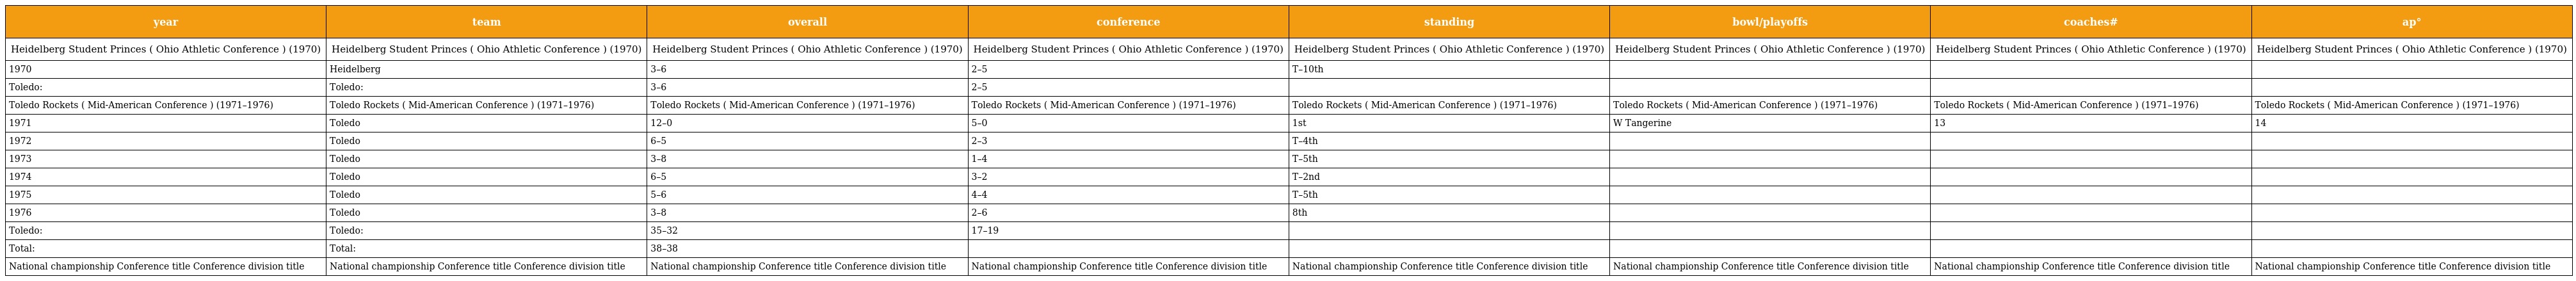
| year | team | overall | conference | standing | bowl/playoffs | coaches# | ap° |
 | --- | --- | --- | --- | --- | --- | --- | --- |
 | Heidelberg Student Princes ( Ohio Athletic Conference ) (1970) | Heidelberg Student Princes ( Ohio Athletic Conference ) (1970) | Heidelberg Student Princes ( Ohio Athletic Conference ) (1970) | Heidelberg Student Princes ( Ohio Athletic Conference ) (1970) | Heidelberg Student Princes ( Ohio Athletic Conference ) (1970) | Heidelberg Student Princes ( Ohio Athletic Conference ) (1970) | Heidelberg Student Princes ( Ohio Athletic Conference ) (1970) | Heidelberg Student Princes ( Ohio Athletic Conference ) (1970) |
 | 1970 | Heidelberg | 3–6 | 2–5 | T–10th |  |  |  |
 | Toledo: | Toledo: | 3–6 | 2–5 |  |  |  |  |
 | Toledo Rockets ( Mid-American Conference ) (1971–1976) | Toledo Rockets ( Mid-American Conference ) (1971–1976) | Toledo Rockets ( Mid-American Conference ) (1971–1976) | Toledo Rockets ( Mid-American Conference ) (1971–1976) | Toledo Rockets ( Mid-American Conference ) (1971–1976) | Toledo Rockets ( Mid-American Conference ) (1971–1976) | Toledo Rockets ( Mid-American Conference ) (1971–1976) | Toledo Rockets ( Mid-American Conference ) (1971–1976) |
 | 1971 | Toledo | 12–0 | 5–0 | 1st | W Tangerine | 13 | 14 |
 | 1972 | Toledo | 6–5 | 2–3 | T–4th |  |  |  |
 | 1973 | Toledo | 3–8 | 1–4 | T–5th |  |  |  |
 | 1974 | Toledo | 6–5 | 3–2 | T–2nd |  |  |  |
 | 1975 | Toledo | 5–6 | 4–4 | T–5th |  |  |  |
 | 1976 | Toledo | 3–8 | 2–6 | 8th |  |  |  |
 | Toledo: | Toledo: | 35–32 | 17–19 |  |  |  |  |
 | Total: | Total: | 38–38 |  |  |  |  |  |
 | National championship Conference title Conference division title | National championship Conference title Conference division title | National championship Conference title Conference division title | National championship Conference title Conference division title | National championship Conference title Conference division title | National championship Conference title Conference division title | National championship Conference title Conference division title | National championship Conference title Conference division title |